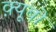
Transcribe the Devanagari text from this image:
क़्यूबो